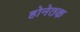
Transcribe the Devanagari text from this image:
होनेतक